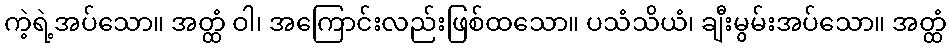
ကဲ့ရဲ့အပ်သော။ အတ္ထံ ဝါ၊ အကြောင်းလည်းဖြစ်ထသော။ ပသံသိယံ၊ ချီးမွမ်းအပ်သော။ အတ္ထံ